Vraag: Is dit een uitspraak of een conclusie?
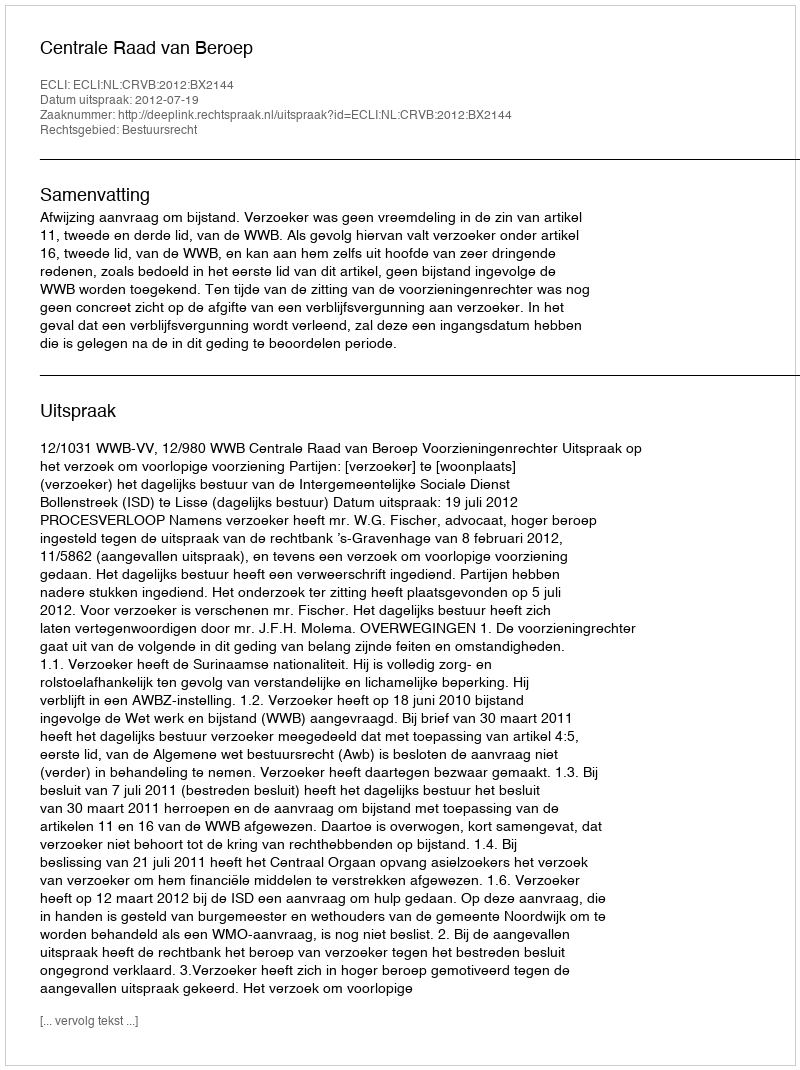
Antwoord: Uitspraak